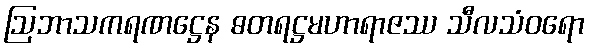
ဩဘာသကရဏဋ္ဌေန ဓတရဋ္ဌမဟာရာဇဿ သီလသံဝရော